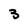
Character: 3